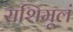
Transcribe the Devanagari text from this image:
राशिमूलं